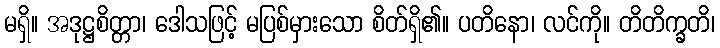
မရှိ။ အဒုဋ္ဌစိတ္တာ၊ ဒေါသဖြင့် မပြစ်မှားသော စိတ်ရှိ၏။ ပတိနော၊ လင်ကို။ တိတိက္ခတိ၊